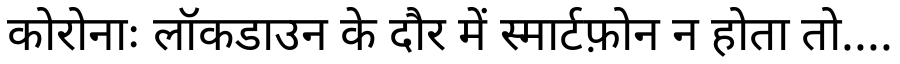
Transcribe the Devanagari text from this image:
कोरोनाः लॉकडाउन के दौर में स्मार्टफ़ोन न होता तो....